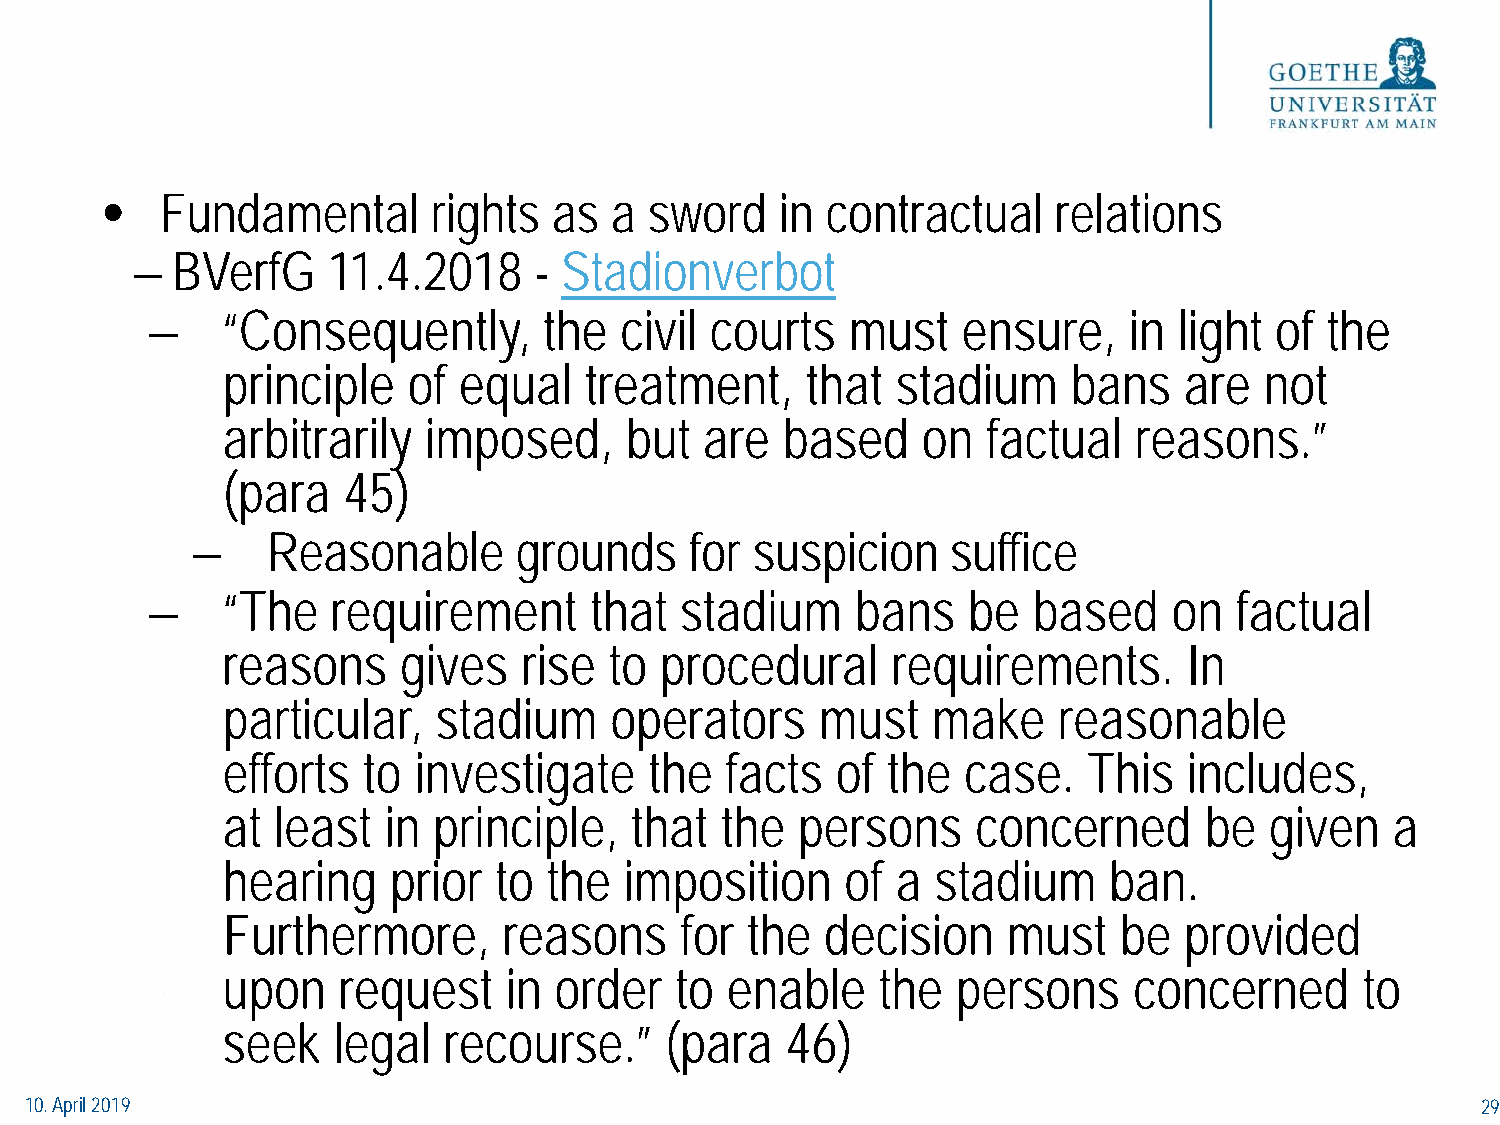
•   Fundamental       rights  as a  sword    in contractual    relations
 − BVerfG     11.4.2018    - Stadionverbot
 −    “Consequently,       the  civil courts   must    ensure,    in light of  the
 principle   of equal    treatment,    that  stadium     bans   are   not
 arbitrarily  imposed,     but   are  based    on  factual   reasons.”
 (para   45)
 −    Reasonable      grounds     for suspicion    suffice
 −    “The   requirement      that  stadium     bans   be  based     on  factual
 reasons     gives   rise to  procedural     requirements.       In
 particular,   stadium    operators     must    make    reasonable
 efforts  to investigate     the  facts  of  the  case.   This   includes,
 at least  in  principle,   that  the  persons     concerned      be  given   a
 hearing    prior  to the  imposition     of a  stadium    ban.
 Furthermore,      reasons     for the   decision    must   be  provided
 upon   request    in  order   to enable    the  persons     concerned      to
 seek   legal  recourse.”     (para   46)
 10. April 2019                                                                                  29